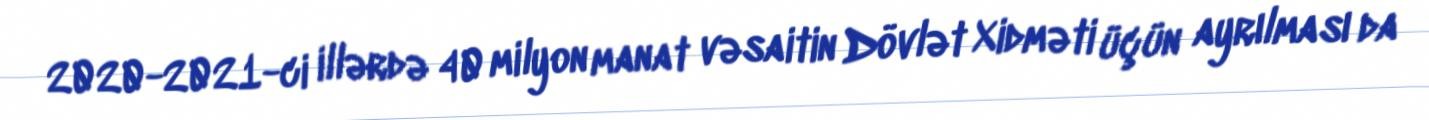
2020-2021-ci illərdə 40 milyon manat vəsaitin Dövlət Xidməti üçün ayrılması da